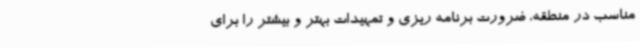
مناسب در منطقه، ضرورت برنامه ریزی و تمهیدات بهتر و بیشتر را برای